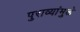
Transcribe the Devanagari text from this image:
पुराव्यांमुळे